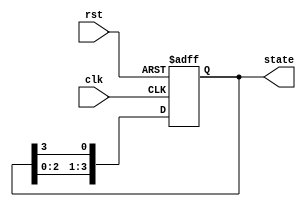
module ring_counter (
    input wire clk,          // Clock signal
    input wire rst,          // Asynchronous reset signal
    output reg [3:0] state   // 4-bit output representing the current state
);

// State transition logic
always @(posedge clk or posedge rst) begin
    if (rst) begin
        // Asynchronous reset: set initial state to 0001
        state <= 4'b0001;
    end else begin
        // Shift the '1' to the next flip-flop
        state <= {state[2:0], state[3]}; // Rotate left
    end
end

endmodule